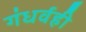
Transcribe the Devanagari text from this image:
गंधर्वही